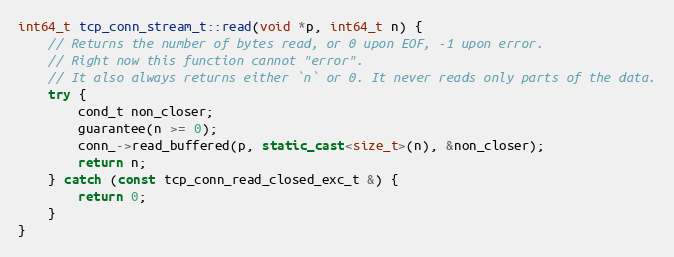
Language: C++
int64_t tcp_conn_stream_t::read(void *p, int64_t n) {
    // Returns the number of bytes read, or 0 upon EOF, -1 upon error.
    // Right now this function cannot "error".
    // It also always returns either `n` or 0. It never reads only parts of the data.
    try {
        cond_t non_closer;
        guarantee(n >= 0);
        conn_->read_buffered(p, static_cast<size_t>(n), &non_closer);
        return n;
    } catch (const tcp_conn_read_closed_exc_t &) {
        return 0;
    }
}